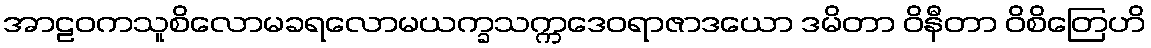
အာဠဝကသူစိလောမခရလောမယက္ခသက္ကဒေဝရာဇာဒယော ဒမိတာ ဝိနီတာ ဝိစိတြေဟိ